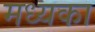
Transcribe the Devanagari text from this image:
मध्यका